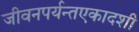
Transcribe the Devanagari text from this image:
जीवनपर्यन्तएकादशी